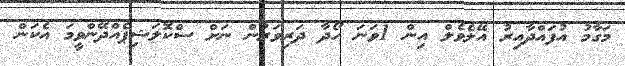
މަގާމު އުފައްދާއިރު އޭލެވެލް އިން 1ވަނަ ހޯދާ ދަރިވަރުން ނަށް ސްކޮލަޝިޕެއްދޭންވީމަ އެކަން